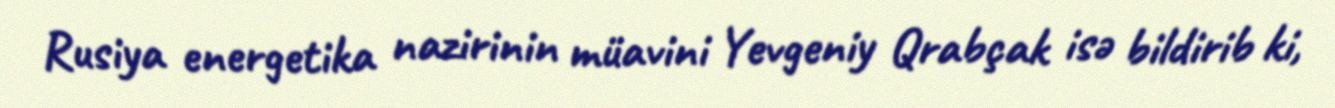
Rusiya energetika nazirinin müavini Yevgeniy Qrabçak isə bildirib ki,